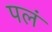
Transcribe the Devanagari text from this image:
पलं